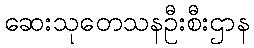
ဆေးသုတေသနဦးစီးဌာန